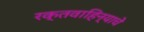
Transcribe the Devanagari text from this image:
रक्तवाहिन्याचे